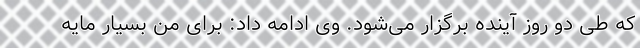
که طی دو روز آینده برگزار می‌شود. وی ادامه داد: برای من بسیار مایه